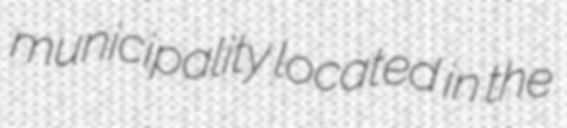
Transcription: municipality located in the